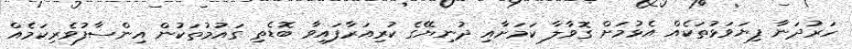
ހަރުދަނާ ފިޔަވަޅުތަކެއް އެޅުމަށް ގޮވާލާ ކަމަށާއި ދުނިޔޭގެ ކުރިއަރާފައިވާ ބޮޑެތި ގައުމުތަކުން އިންސާފުވެރިކަމެއް